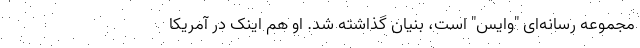
مجموعه رسانه‌ای "وایس" است، بنیان گذاشته شد. او هم اینک در آمریکا